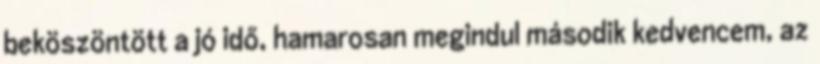
beköszöntött a jó idő, hamarosan megindul második kedvencem, az